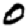
Digit: 0